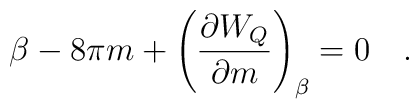
\beta - 8\pi m + \left({\partial W_Q \over \partial m}\right)_{\beta}=0~~~.